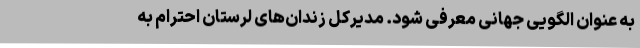
به عنوان الگویی جهانی معرفی شود. مدیرکل زندان‌های لرستان احترام به